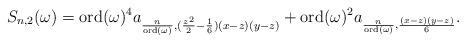
LaTeX: \begin{align*}S_{n,2}(\omega)=\mathrm{ord}(\omega)^4 a_{\frac{n}{\mathrm{ord}(\omega)},(\frac{z^2}{2}-\frac{1}{6})(x-z)(y-z)} + \mathrm{ord}(\omega)^2 a_{\frac{n}{\mathrm{ord}(\omega)}, \frac{(x-z)(y-z)}{6}}.\end{align*}